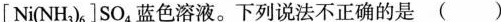
[Ni(NH_{3})_{6}]SO_{4}蓝色溶液。下列说法不正确的是 ( )